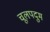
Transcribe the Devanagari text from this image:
चूलपदुम